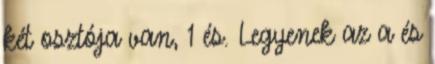
két osztója van, 1 és. Legyenek az a és